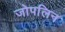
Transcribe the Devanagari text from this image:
जोपलिन